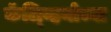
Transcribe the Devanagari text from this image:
कॅल्व्हिनोच्या